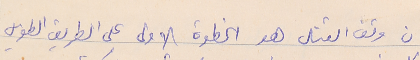
ان وقف القتال هو الخطوة الاولى على الطريق الطويل